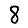
Digit: 8